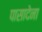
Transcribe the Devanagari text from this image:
पासादेना